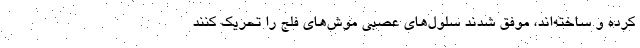
کرده و ساخته‌اند، موفق شدند سلول‌های عصبی موش‌های فلج را تحریک کنند